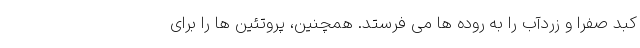
کبد صفرا و زردآب را به روده ها می فرستد. همچنین، پروتئین ها را برای